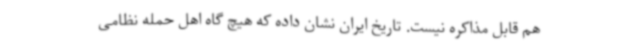
هم قابل مذاکره نیست. تاریخ ایران نشان داده که هیچ گاه اهل حمله نظامی